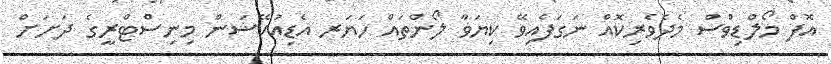
އޮފް މޯލްޑިވްސް މެދެވެރިކޮއް ނަގަފެއިވޭ ކިޔަވާ ލޯންތައް ހަޔަރ އެޑިއުކޭޝަން މިނިސްޓްރީގެ ދަށަށް